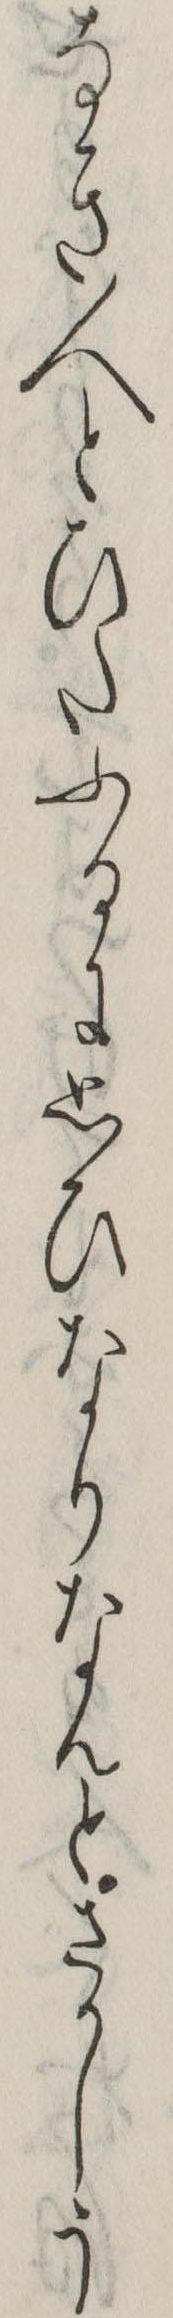
なき人とひたふるに思ひなりなんとさかしう